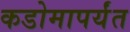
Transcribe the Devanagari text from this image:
कडोमापर्यंत